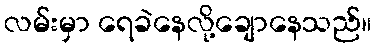
လမ်းမှာ ရေခဲနေလို့ချောနေသည်။